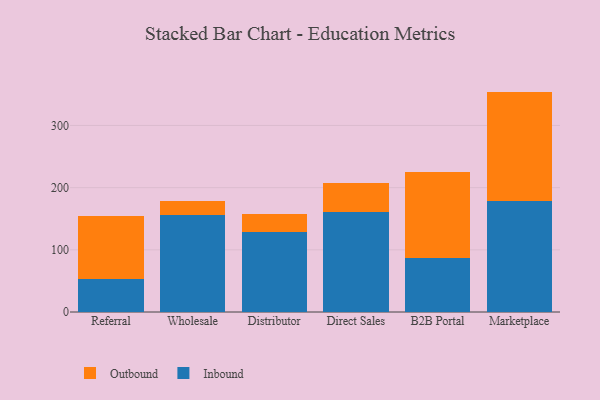
{"axis": {"x": "Channel", "y": "Latency (ms)"}, "legend": ["Inbound", "Outbound"], "data": [{"x": "Referral", "y": 53.7, "type": "Inbound"}, {"x": "Referral", "y": 100.0, "type": "Outbound"}, {"x": "Wholesale", "y": 155.3, "type": "Inbound"}, {"x": "Wholesale", "y": 23.4, "type": "Outbound"}, {"x": "Distributor", "y": 128.7, "type": "Inbound"}, {"x": "Distributor", "y": 29.7, "type": "Outbound"}, {"x": "Direct Sales", "y": 160.5, "type": "Inbound"}, {"x": "Direct Sales", "y": 46.2, "type": "Outbound"}, {"x": "B2B Portal", "y": 86.8, "type": "Inbound"}, {"x": "B2B Portal", "y": 139.0, "type": "Outbound"}, {"x": "Marketplace", "y": 178.7, "type": "Inbound"}, {"x": "Marketplace", "y": 175.8, "type": "Outbound"}]}